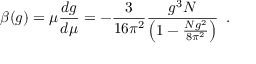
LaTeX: \beta ( g ) = \mu \frac { d g } { d \mu } = - \frac { 3 } { 1 6 \pi ^ { 2 } } \frac { g ^ { 3 } N } { \left( 1 - \frac { N g ^ { 2 } } { 8 \pi ^ { 2 } } \right) } \, \, \, .